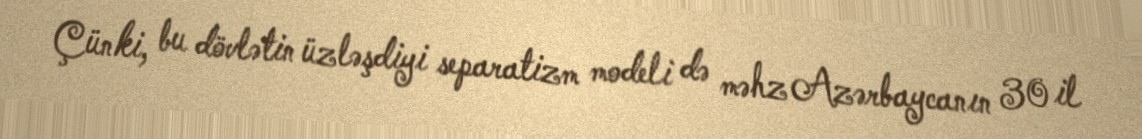
Çünki, bu dövlətin üzləşdiyi separatizm modeli də məhz Azərbaycanın 30 il